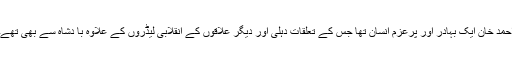
احمد خان ایک بہادر اور پرعزم انسان تھا جس کے تعلقات دہلی اور دیگر علاقوں کے انقلابی لیڈروں کے علاوہ با دشاہ سے بھی تھے۔